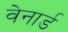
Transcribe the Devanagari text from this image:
वेनार्ड